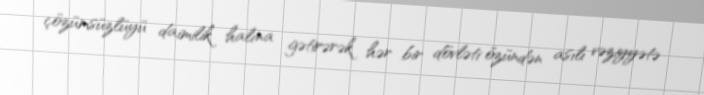
çözümsüzlüyü daimilik halına gətirərək hər bir dövləti özündən asılı vəziyyətə